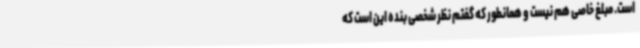
است. مبلغ خاصی هم نیست و همانطور که گفتم نظر شخصی بنده این است که